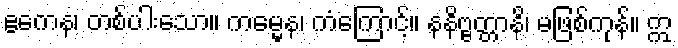
ဧကေန၊ တစ်ပါးသော။ ကမ္မေန၊ ကံကြောင့်။ နနိဗ္ဗတ္တာနိ၊ မဖြစ်ကုန်။ ဣ